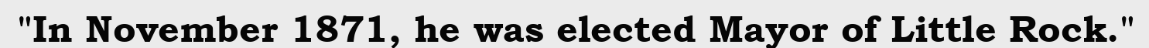
"In November 1871, he was elected Mayor of Little Rock."